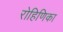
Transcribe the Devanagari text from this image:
रोहिणिका